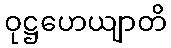
ဝုဋ္ဌဟေယျာတိ